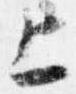
上